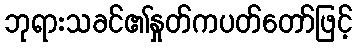
ဘုရားသခင်၏နှုတ်ကပတ်တော်ဖြင့်